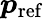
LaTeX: \boldsymbol{p}_{\mathrm{ref}}